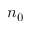
n _ { 0 }